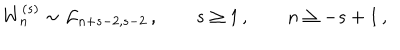
LaTeX: W _ { n } ^ { ( s ) } \sim { \cal L } _ { n + s - 2 , s - 2 } \, , \qquad s \geq 1 \, , \qquad n \geq - s + 1 \, ,